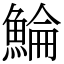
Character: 鯩